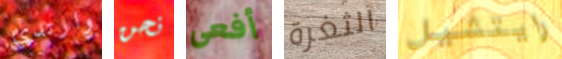
وارتدي نحن أفعى الثغرة رايتشيل